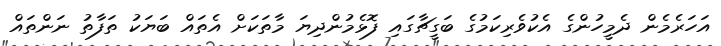
އަހަރެމެން ދެމީހުންގެ އެކުވެރިކަމުގެ ބަގީޗާގައި ފޮޅެމުންދިޔަ މާތަކަށް އެތައް ބަޔަކު ތަފާތު ނަންތައް